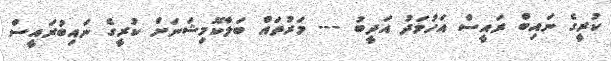
ކުރީގެ ނައިބް ރައީސް އަހުމަދު އަދީބު --- މަރުތައް ބަލާކޮމިޝަނަށް ކުރީގެ ނައިބުރައީސް